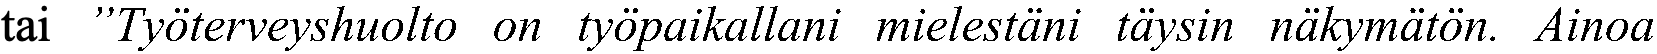
tai ”Työterveyshuolto on työpaikallani mielestäni täysin näkymätön. Ainoa